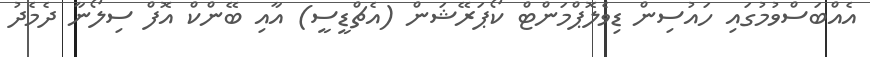
އެއްބަސްވުމުގައި ހައުސިން ޑިވެލޮޕްމަންޓް ކޯޕަރޭޝަން (އެޗްޑީސީ) އާއި ބޭންކް އޮފް ސިލޯނާ ދެމެދު